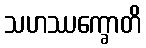
သဟဿက္ခောတိ